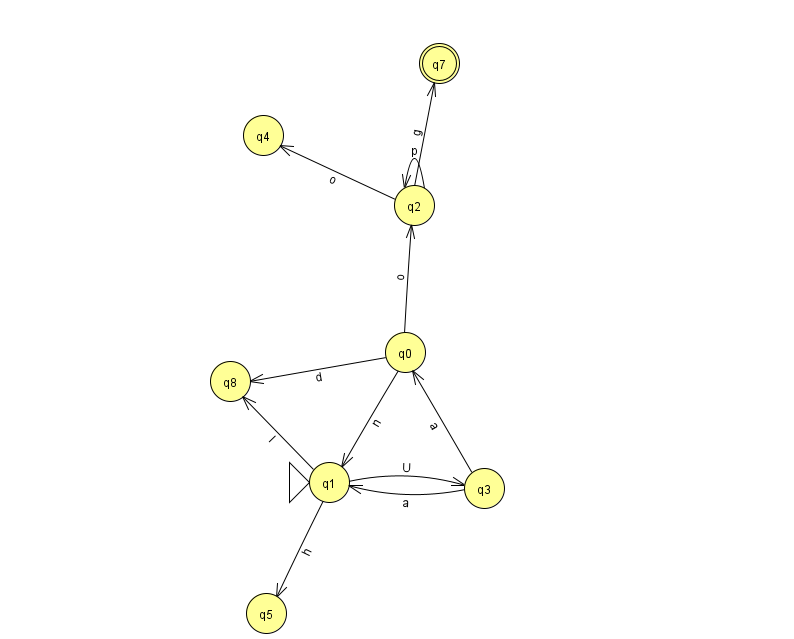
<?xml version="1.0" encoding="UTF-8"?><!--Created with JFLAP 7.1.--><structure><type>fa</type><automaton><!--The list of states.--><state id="0" name="q0"><x>405.0</x><y>339.0</y></state><state id="1" name="q1"><x>329.0</x><y>469.0</y><initial/></state><state id="2" name="q2"><x>414.0</x><y>192.0</y></state><state id="3" name="q3"><x>484.0</x><y>475.0</y></state><state id="4" name="q4"><x>263.0</x><y>122.0</y></state><state id="5" name="q5"><x>266.0</x><y>600.0</y></state><state id="7" name="q7"><x>439.0</x><y>50.0</y><final/></state><state id="8" name="q8"><x>230.0</x><y>368.0</y></state><!--The list of transitions.--><transition><from>0</from><to>1</to><read>n</read></transition><transition><from>2</from><to>2</to><read>p</read></transition><transition><from>3</from><to>0</to><read>a</read></transition><transition><from>1</from><to>3</to><read>U</read></transition><transition><from>0</from><to>2</to><read>o</read></transition><transition><from>1</from><to>8</to><read>I</read></transition><transition><from>2</from><to>7</to><read>g</read></transition><transition><from>1</from><to>5</to><read>h</read></transition><transition><from>2</from><to>4</to><read>o</read></transition><transition><from>3</from><to>1</to><read>a</read></transition><transition><from>0</from><to>8</to><read>d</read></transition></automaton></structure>